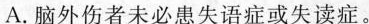
A.脑外伤者未必愚失语症或失读症